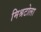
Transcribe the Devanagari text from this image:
मिश्रटोला